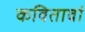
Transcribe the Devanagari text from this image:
कवितावां